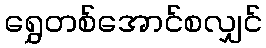
ရွှေတစ်အောင်စလျှင်